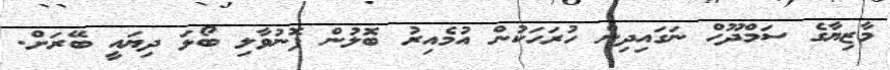
މާޒިޔާގެ ސަމްދޫހް ނަގައިދިން ހުރަހަކުން އުމެއިރު ބޮލުން ފޮނުވާލި ބޯޅަ ދިޔައީ ބޭރަށް.